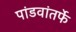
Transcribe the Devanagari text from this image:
पांडवांतर्फे